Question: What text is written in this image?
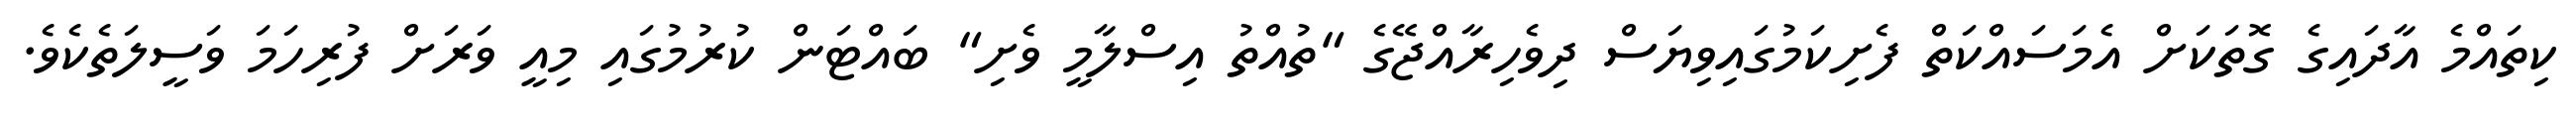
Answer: ކިތައްމެ އާދައިގެ ގޮތަކަށް އެމަސައްކަތް ފެށިކަމުގައިވިޔަސް ދިވެހިރާއްޖޭގެ "ތުއްތު އިސްލާމީ ވެށި" ބައްޓަން ކުރުމުގައި މިއީ ވަރަށް ފުރިހަމަ ވަސީލަތެކެވެ.